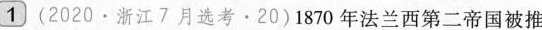
1 （2020·浙江7月选考·20）1870年法兰西第二帝国被推